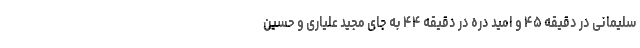
سلیمانی در دقیقه ۴۵ و امید دره در دقیقه ۴۴ به جای مجید علیاری و حسین